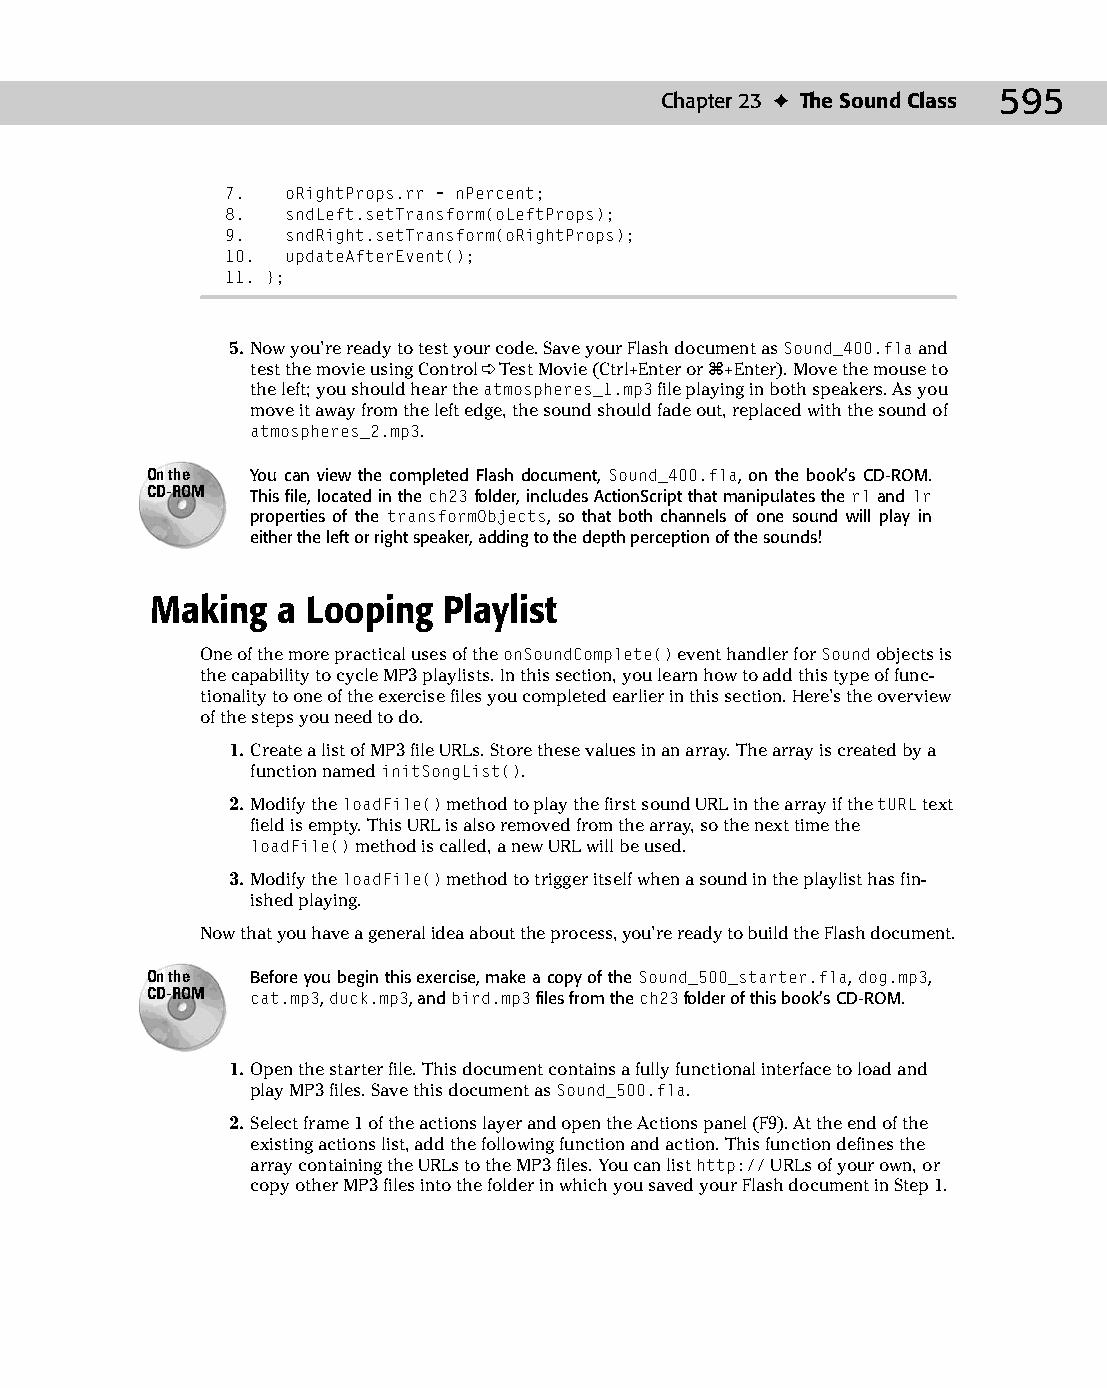
30 543547 ch23.qxd 3/24/04 4:09 PM Page 595
 Chapter 23 ✦ The Sound Class 595
 7.  oRightProps.rr = nPercent;
 8.  sndLeft.setTransform(oLeftProps);
 9.  sndRight.setTransform(oRightProps);
 10. updateAfterEvent();
 11. };
 5. Now you’re ready to test your code. Save your Flash document as Sound_400.fla and
 test the movie using Control ➪ Test Movie (Ctrl+Enter or Ô+Enter). Move the mouse to
 the left; you should hear the atmospheres_1.mp3 file playing in both speakers. As you
 move it away from the left edge, the sound should fade out, replaced with the sound of
 atmospheres_2.mp3.
 On the You can view the completed Flash document, Sound_400.fla, on the book’s CD-ROM.
 CD-ROM This file, located in the ch23 folder, includes ActionScript that manipulates the rl and lr
 properties of the transformObjects, so that both channels of one sound will play in
 either the left or right speaker, adding to the depth perception of the sounds!
 Making  a Looping  Playlist
 One of the more practical uses of the onSoundComplete() event handler for Sound objects is
 the capability to cycle MP3 playlists. In this section, you learn how to add this type of func­
 tionality to one of the exercise files you completed earlier in this section. Here’s the overview
 of the steps you need to do.
 1. Create a list of MP3 file URLs. Store these values in an array. The array is created by a
 function named initSongList().
 2. Modify the loadFile() method to play the first sound URL in the array if the tURL text
 field is empty. This URL is also removed from the array, so the next time the
 loadFile() method is called, a new URL will be used.
 3. Modify the loadFile() method to trigger itself when a sound in the playlist has fin­
 ished playing.
 Now that you have a general idea about the process, you’re ready to build the Flash document.
 On the Before you begin this exercise, make a copy of the Sound_500_starter.fla, dog.mp3,
 CD-ROM cat.mp3, duck.mp3, and bird.mp3 files from the ch23 folder of this book’s CD-ROM.
 1. Open the starter file. This document contains a fully functional interface to load and
 play MP3 files. Save this document as Sound_500.fla.
 2. Select frame 1 of the actions layer and open the Actions panel (F9). At the end of the
 existing actions list, add the following function and action. This function defines the
 array containing the URLs to the MP3 files. You can list http:// URLs of your own, or
 copy other MP3 files into the folder in which you saved your Flash document in Step 1.